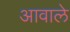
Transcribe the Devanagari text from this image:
आवाले